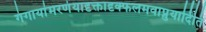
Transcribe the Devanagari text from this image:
गंगायांमरणंयादृक्तादृक्फलमवाप्नुयादिति